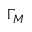
\Gamma _ { M }